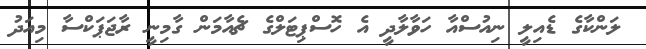
ލަންކާގެ ޑެއިލީ ނިއުސްއާ ހަވާލާދީ އެ ހޮސްޕިޓަލްގެ ޗެއާމަން ގާމިނީ ރާޖަޕަކްސާ މިއަދު